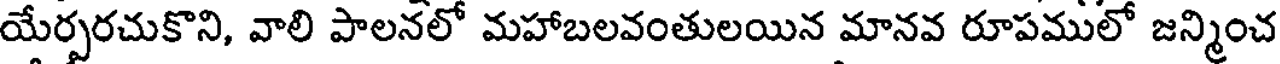
యేర్పరచుకొని, వాలి పాలనలో మహాబలవంతులయిన మానవ రూపములో జన్మించ